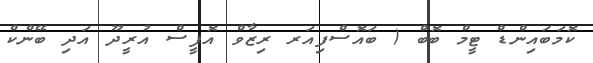
ކޮމަބައިންޑް ޓީމް ބޮބް ( ބައޮސްފިއަރ ރިޒާވް އޮފީސް އުރީދޫ އަދި ބޭންކް